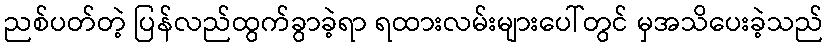
ညစ်ပတ်တဲ့ ပြန်လည်ထွက်ခွာခဲ့ရာ ရထားလမ်းများပေါ်တွင် မှအသိပေးခဲ့သည်